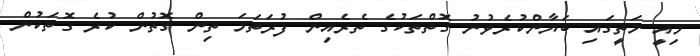
މިއީ މަތީގައި ބަޔާންކުރެވުނު ގޮތްތަކުގެ ތެރެއިން ފުރަތަމަ ތިން ގޮތުން ކުރެ ގޮތަކުން